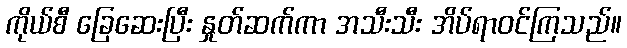
ကိုယ်စီ ခြေဆေးပြီး နှုတ်ဆက်ကာ အသီးသီး အိပ်ရာဝင်ကြသည်။